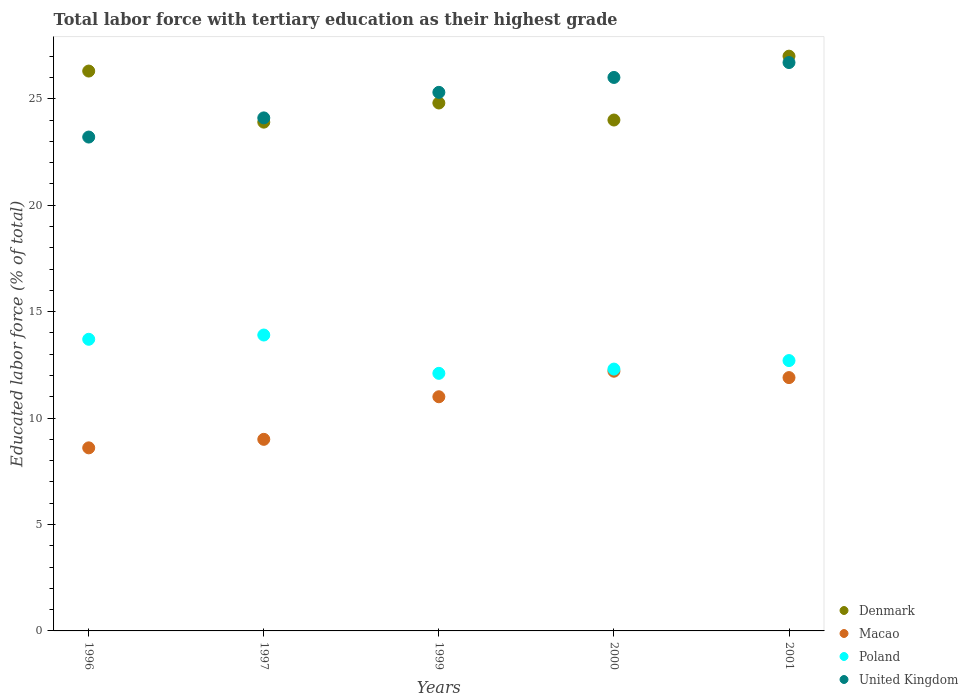
| Years | Denmark | Macao | Poland | United Kingdom |
 | --- | --- | --- | --- | --- |
 | 1996 | 26.3 | 8.6 | 13.7 | 23.2 |
 | 1997 | 23.9 | 9 | 13.9 | 24.1 |
 | 1999 | 24.8 | 11 | 12.1 | 25.3 |
 | 2000 | 24 | 12.2 | 12.3 | 26 |
 | 2001 | 27 | 11.9 | 12.7 | 26.7 |